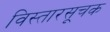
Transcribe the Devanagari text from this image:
विस्तारसूचक